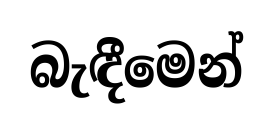
බැඳීමෙන්